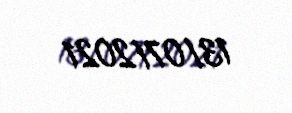
13/07/2021